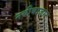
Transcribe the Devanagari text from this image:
नबीबाजार